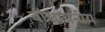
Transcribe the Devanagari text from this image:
बौधायनीय